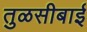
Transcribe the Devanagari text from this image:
तुळसीबाई